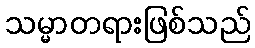
သမ္မာတရားဖြစ်သည်